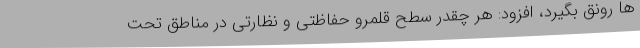
ها رونق بگیرد، افزود: هر چقدر سطح قلمرو حفاظتی و نظارتی در مناطق تحت